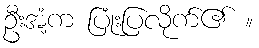
ဦးအံ့က ပြုံးပြလိုက်၏ ။